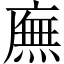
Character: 廡